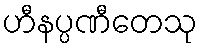
ဟီနပ္ပဏီတေသု